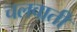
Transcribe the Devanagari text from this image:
चलवाती